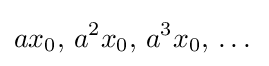
ax_{0},\,a^{2}x_{0},\,a^{3}x_{0},\,\dots